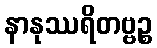
နာနုဿရိတဗ္ဗဉ္စ